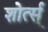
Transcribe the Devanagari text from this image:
शोर्त्स्